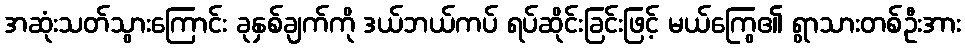
အဆုံးသတ်သွားကြောင်း ခုနှစ်ချက်ကို ဒယ်ဘယ်ကပ် ရပ်ဆိုင်းခြင်းဖြင့် မယ်ကြွေ၏ ရွာသားတစ်ဦးအား